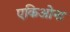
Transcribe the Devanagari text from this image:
एकिओना